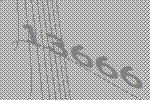
13666